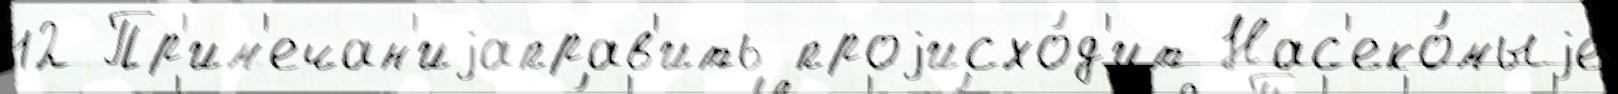
12 Пр'им'ечан'иjаправ'ить проjисхо́д'ит Нас'еко́мыjе